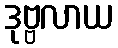
ဒုဗ္ဗလာယ